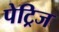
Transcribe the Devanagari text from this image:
पेट्रिज